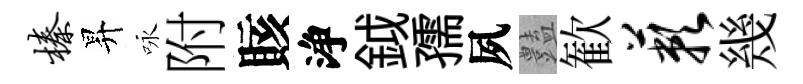
榛昇咏附賅浄鉞孺夙𧰟歓蔌幾